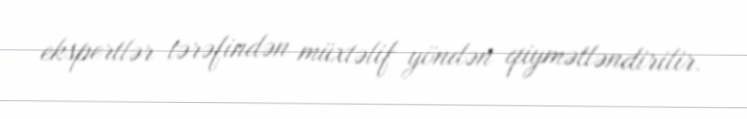
ekspertlər tərəfindən müxtəlif yöndən qiymətləndirilir.